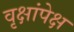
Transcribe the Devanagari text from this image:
वृक्षांपेक्ष